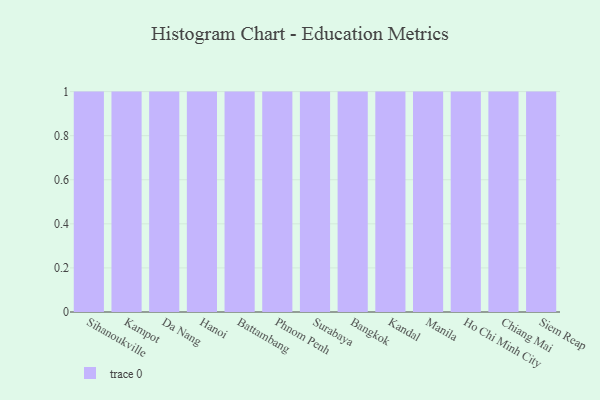
{"axis": {"x": "City", "y": "Revenue (USD Million)"}, "legend": [""], "data": [{"x": "Sihanoukville", "y": 94, "type": ""}, {"x": "Kampot", "y": 73, "type": ""}, {"x": "Da Nang", "y": 11, "type": ""}, {"x": "Hanoi", "y": 60, "type": ""}, {"x": "Battambang", "y": 51, "type": ""}, {"x": "Phnom Penh", "y": 16, "type": ""}, {"x": "Surabaya", "y": 75, "type": ""}, {"x": "Bangkok", "y": 27, "type": ""}, {"x": "Kandal", "y": 69, "type": ""}, {"x": "Manila", "y": 18, "type": ""}, {"x": "Ho Chi Minh City", "y": 13, "type": ""}, {"x": "Chiang Mai", "y": 74, "type": ""}, {"x": "Siem Reap", "y": 38, "type": ""}]}